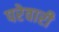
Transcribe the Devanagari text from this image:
परेवारी